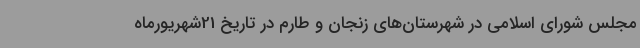
مجلس شورای اسلامی در شهرستان‌های زنجان و طارم در تاریخ 21شهریورماه